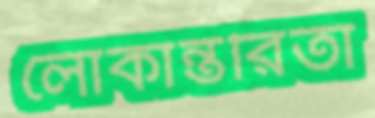
লোকান্তরিতা